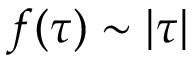
f ( \tau ) \sim | \tau |